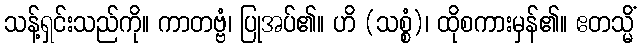
သန့်ရှင်းသည်ကို။ ကာတဗ္ဗံ၊ ပြုအပ်၏။ ဟိ (သစ္စံ)၊ ထိုစကားမှန်၏။ ဧတသ္မိံ